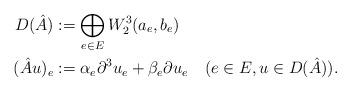
LaTeX: \begin{align*} D(\hat{A}) & := \bigoplus_{e\in E} W_2^3(a_e,b_e) \\ (\hat{A}u)_e & := \alpha_e \partial^3 u_e + \beta_e \partial u_e \quad(e\in E, u\in D(\hat{A})). \end{align*}